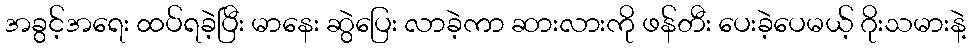
အခွင့်အရေး ထပ်ရခဲ့ပြီး မာနေး ဆွဲပြေး လာခဲ့ကာ ဆားလားကို ဖန်တီး ပေးခဲ့ပေမယ့် ဂိုးသမားနဲ့